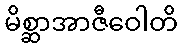
မိစ္ဆာအာဇီဝေါတိ